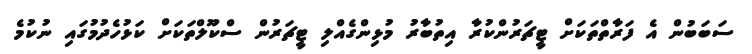
ސަބަބުން އެ ފަރާތްތަކަށް ޓީޗަރުންކުރާ އިތުބާރު މުޅިންގެއްލި ޓީޗަރުން ސްކޫލްތަކަށް ކަޅުހެދުމުގައި ނުކުމެ